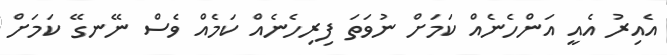
އެއިރު އެއީ އަންހެނެއް ކަމަށް ނުވަތަ ފިރިހެނެއް ކަމެއް ވެސް ނޭނގޭ ކަމަށް